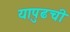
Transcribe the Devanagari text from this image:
यापुढची